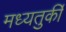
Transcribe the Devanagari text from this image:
मध्यतुर्की